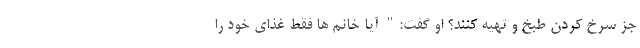
جز سرخ کردن طبخ و تهیه کنند؟ او گفت:" آیا خانم ها فقط غذای خود را